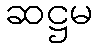
ဆဋ္ဌမ